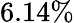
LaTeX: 6.14\%